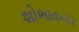
શોભાવનાર